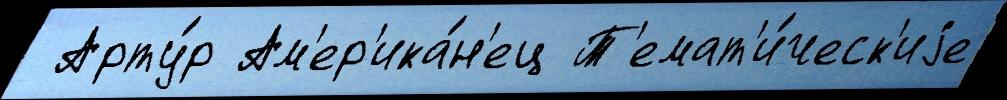
 Арту́р Ам'ер'ика́н'ец Т'емат'и́ческ'иjе